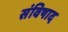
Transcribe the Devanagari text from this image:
संविषाद